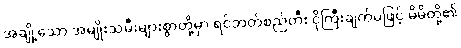
အချို့သော အမျိုးသမီးများစွာတို့မှာ ရင်ဘတ်စည်တီး ငိုကြီးချက်မဖြင့် မိမိတို့၏